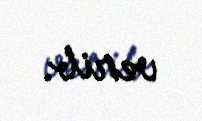
verib.